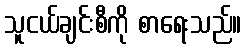
သူငယ်ချင်းစီကို စာရေးသည်။